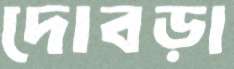
দোবড়া